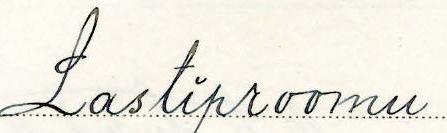
Lastiproomu